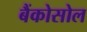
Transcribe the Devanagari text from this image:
बैंकोसोल